system: You are a helpful assistant.
user:
Analyze the provided spectrum to determine if it is a **"Cataclysmic Variables (CV)"**.

- **Key Indicators for CV (Check for either state):**
    - **State 1: Quiescent / Low-State (Emission-Dominated)**
        - **(Primary):** Strong and *very broad* Hydrogen Balmer emission lines (e.g., $H\alpha$ at 6563 Å, $H\beta$ at 4861 Å). The 'broadness' (high velocity dispersion, often FWHM > 1000 km/s) is the key diagnostic, indicating a high-velocity accretion disk.
        - **(Secondary):** Broad neutral Helium (He I) emission lines (e.g., 5876 Å, 6678 Å).
        - **(Key Confirmation):** Presence of high-excitation *ionized* Helium (He II) emission at 4686 Å. This is a strong indicator of accretion onto a white dwarf.
        - **(Line Profile):** Emission lines may exhibit a 'double-peaked' profile, which is a classic signature of a rotating accretion disk viewed at high inclination.

    - **State 2: Outburst / High-State (Absorption-Dominated)**
        - **(Primary):** Spectrum is dominated by a bright, blue continuum (looks like a hot star).
        - **(Secondary):** The emission lines from State 1 are weak, absent, or 'filled in', and are replaced by broad, shallow *absorption* lines (primarily Balmer and He I).
        - **(Morphology):** The overall spectrum mimics a hot B/A-type star. The crucial difference is that the absorption lines are significantly broader, shallower, and more 'washed-out' (or 'smeared') than the sharp lines of a normal stellar photosphere, due to high rotational speeds and pressure broadening in the disk.

Think first, call **spectral_visualization_tool** if needed to examine features in detail, then provide your final answer. Your response must adhere to the following strict rules:
1.  **Overall Structure:** Your response must follow the format `<think>...</think> <tool_call>...</tool_call> (if a tool is used) <answer>...</answer>`.
2.  **Tool Usage Constraint:** You may only make **one** tool call per turn.
3.  **Final Answer Format:** In the `<answer>` tag, your conclusion must be inside a `\boxed{}` command (e.g., `\boxed{YES}`), followed by your justification.

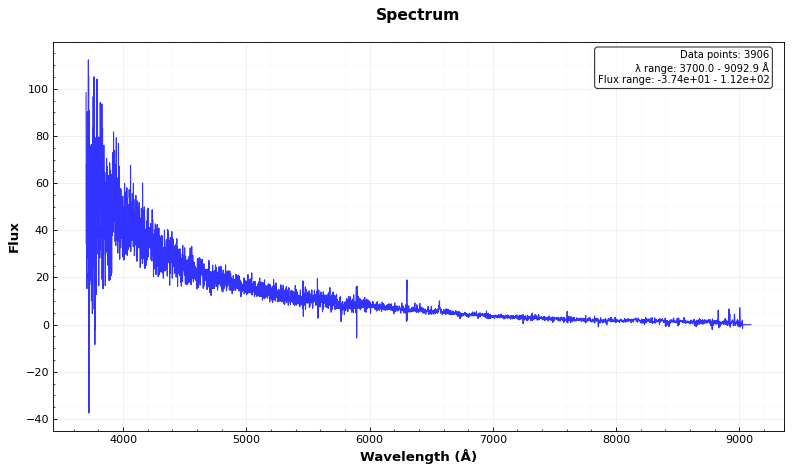
Answer: YES